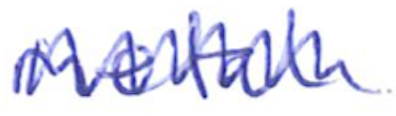
Text: metal
Cross-out: zig-zag
Writing tool: ballpoint